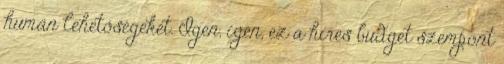
humán lehetőségeket. Igen, igen, ez a híres budget szempont